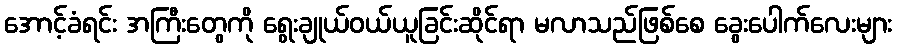
အောင့်ခံရင်း အကြီးတွေကို ရွေးချုယ်ဝယ်ယူခြင်းဆိုင်ရာ မလာသည်ဖြစ်စေ ခွေးပေါက်လေးများ